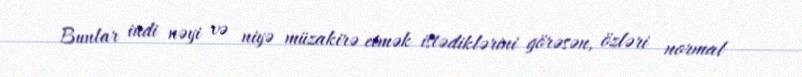
Bunlar indi nəyi və niyə müzakirə etmək istədiklərini görəsən, özləri normal